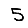
Digit: 5